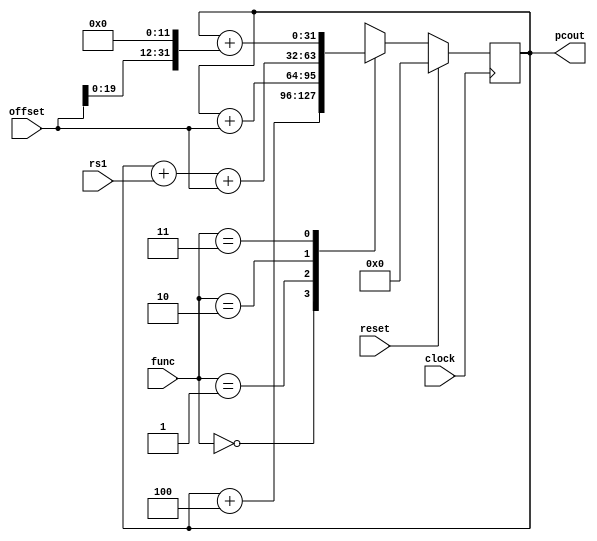
/*
	Program counter for our tiny RISC-V CPU
*/
module programcounter(
    input clock,
    input reset,
	
    input [ 1:0] func,
	
    input [21:0] offset, // immediate
	
	input [ 4:0] rs1,
	
    output reg [31:0] pcout
	);
	
always @(posedge clock)
begin
	
	case (func)
	
		2'b00 : pcout <= pcout + 4;
		
		2'b01 : pcout <= pcout + offset;
		
		2'b10 : pcout <= pcout + rs1 + offset;
		
		2'b11 : pcout <= pcout + (offset << 12);
		
	endcase	
	
	if(reset)
		pcout <= 32'b0;
	
end
	
endmodule